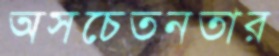
অসচেতনতার